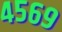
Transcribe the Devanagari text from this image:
४५६९